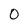
Character: 0